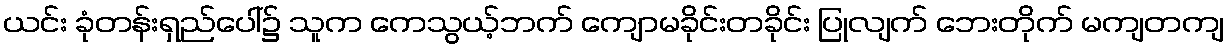
ယင်း ခုံတန်းရှည်ပေါ်၌ သူက ကေသွယ့်ဘက် ကျောမခိုင်းတခိုင်း ပြုလျက် ဘေးတိုက် မကျတကျ